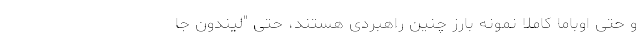
و حتی اوباما کاملاً نمونه بارز چنین راهبردی هستند، حتی "لیندون جا